NAE_kihelkonnakohtute_kirjad_ja_protokollid_1869-1889, lk 4
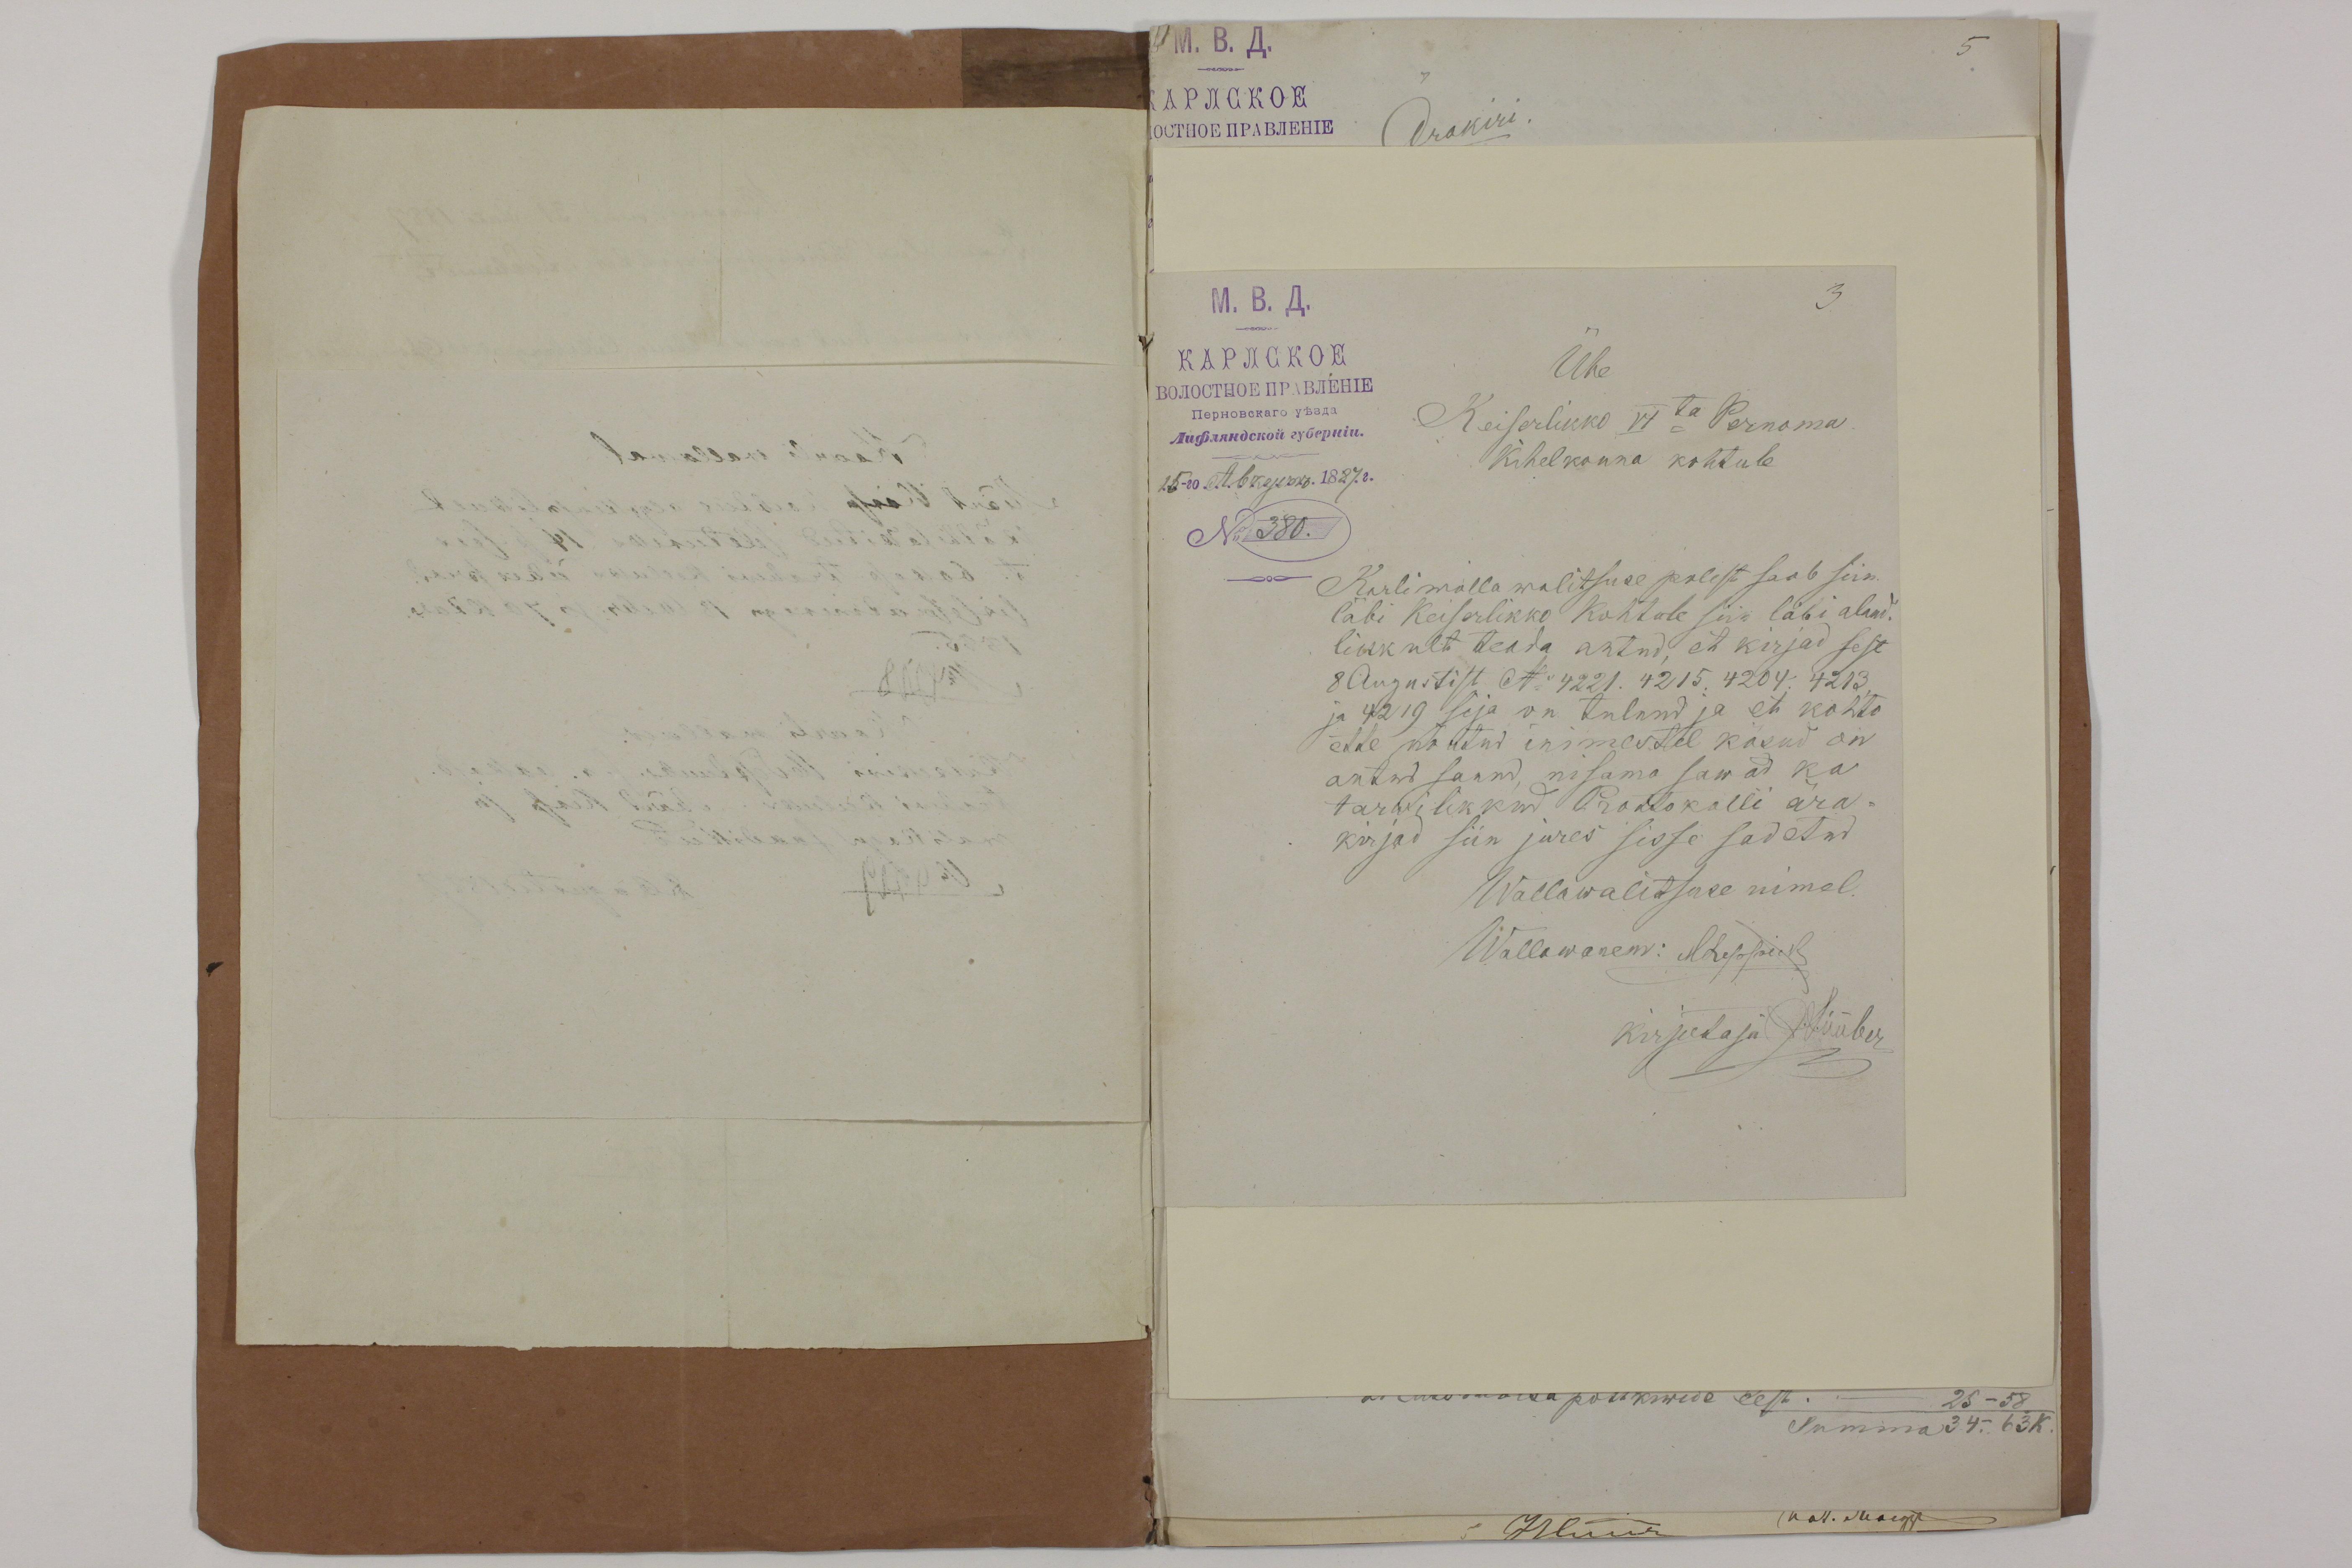
Ühe
Keiserlikko VI ta Pernoma
Kihelkonna kohtule
Karliwalla walitsuse polest saab siin
labi Keiserlikko kohtole siin läbi aland-
likkult teada antud, et kirjad sest
8 Augustist N:4221. 4215. 4204. 4213
ja 4219 sija on tulnud ja et kohto
enne nõutud inimestel käsud on
antud saand nisama sawad ka
tarwilikkud Prottokolli ära-
kirjas siin jures sisse sadetud
Wallawalitsuse nimel.